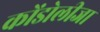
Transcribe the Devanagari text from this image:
कोंडोलीजा